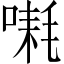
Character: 𪡱